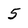
Character: 5